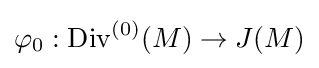
\varphi _{0}:\mathrm {Div} ^{(0)}(M)\to J(M)